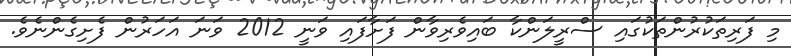
މި ފަރިތަކުރުންތަކުގައި ސްރީލަންކާ ބައިވެރިވާން ފަށާފައި ވަނީ 2012 ވަނަ އަހަރުން ފެށިގެންނެވެ.